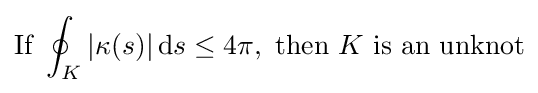
{\text{If}}\ \oint _{K}|\kappa (s)|\,\mathrm {d} s\leq 4\pi ,\ {\text{then}}\ K\ {\text{is an unknot}}